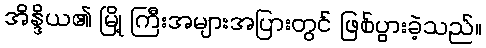
အိန္ဒိယ၏ မြို့ ကြီးအများအပြားတွင် ဖြစ်ပွားခဲ့သည်။